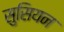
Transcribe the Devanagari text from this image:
सुसियन